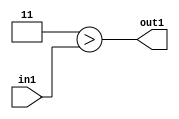
`timescale 1ps / 1ps
/*****************************************************************************
    Verilog RTL Description
    
    
    Created by: Stratus DpOpt 2019.1.01 
*******************************************************************************/

module GauFilter_Lti3u2_4 (
	in1,
	out1
	); /* architecture "behavioural" */ 
input [1:0] in1;
output  out1;
wire  asc001;

assign asc001 = (7'B0000011>in1);

assign out1 = asc001;
endmodule

/* CADENCE  urb3SQw= : u9/ySgnWtBlWxVPRXgAZ4Og= ** DO NOT EDIT THIS LINE ******/